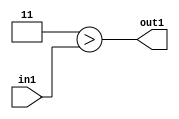
`timescale 1ps / 1ps
/*****************************************************************************
    Verilog RTL Description
    
    
    Created by: Stratus DpOpt 2019.1.01 
*******************************************************************************/

module GauFilter_Lti3u2_4 (
	in1,
	out1
	); /* architecture "behavioural" */ 
input [1:0] in1;
output  out1;
wire  asc001;

assign asc001 = (7'B0000011>in1);

assign out1 = asc001;
endmodule

/* CADENCE  urb3SQw= : u9/ySgnWtBlWxVPRXgAZ4Og= ** DO NOT EDIT THIS LINE ******/